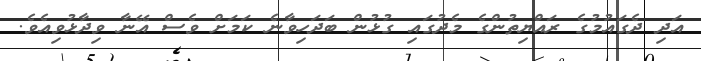
އަދި ދެގައުމުގެ ރައްޔިތުންގެ މެދުގައި ގުޅުން ބަދަހިވާނެ ކަމަށް ވެސް އޭނާ ވިދާޅުވިއެވެ.